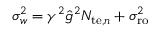
\sigma _ { w } ^ { 2 } = \gamma ^ { 2 } \hat { g } ^ { 2 } N _ { \mathrm { t e } , n } + \sigma _ { \mathrm { r o } } ^ { 2 }